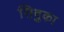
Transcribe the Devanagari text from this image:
सिवुका